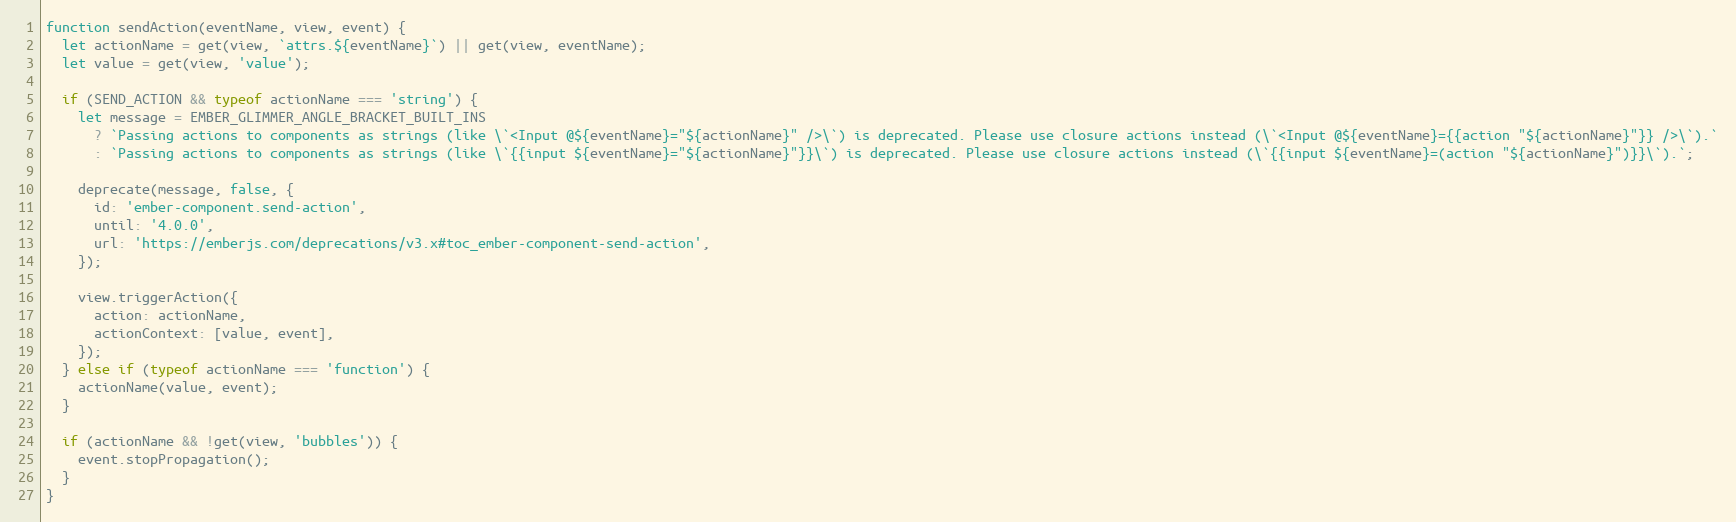
Language: JavaScript
function sendAction(eventName, view, event) {
  let actionName = get(view, `attrs.${eventName}`) || get(view, eventName);
  let value = get(view, 'value');

  if (SEND_ACTION && typeof actionName === 'string') {
    let message = EMBER_GLIMMER_ANGLE_BRACKET_BUILT_INS
      ? `Passing actions to components as strings (like \`<Input @${eventName}="${actionName}" />\`) is deprecated. Please use closure actions instead (\`<Input @${eventName}={{action "${actionName}"}} />\`).`
      : `Passing actions to components as strings (like \`{{input ${eventName}="${actionName}"}}\`) is deprecated. Please use closure actions instead (\`{{input ${eventName}=(action "${actionName}")}}\`).`;

    deprecate(message, false, {
      id: 'ember-component.send-action',
      until: '4.0.0',
      url: 'https://emberjs.com/deprecations/v3.x#toc_ember-component-send-action',
    });

    view.triggerAction({
      action: actionName,
      actionContext: [value, event],
    });
  } else if (typeof actionName === 'function') {
    actionName(value, event);
  }

  if (actionName && !get(view, 'bubbles')) {
    event.stopPropagation();
  }
}